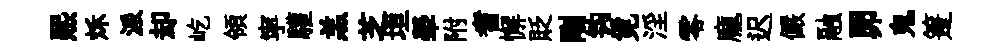
熙秌派却屹領寜驩羔芝垣犖附耆懈貶剛钩覓淫零龐迟儼融𦊑鬼箑